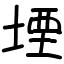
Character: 堙